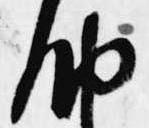
納